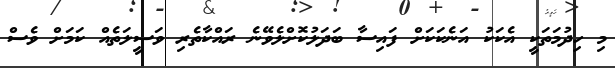
މި ހިދުމަތަކީ އެކަކު އަނެކަކަށް ފައިސާ ބަދަލުކޮށްލެވޭނެ ރައްކާތެރި ވަސީލަތެއް ކަމަށް ވެސް